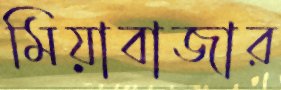
মিয়াবাজার